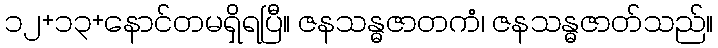
၁၂+၁၃+နောင်တမရှိရပြီ။ ဇနသန္ဓဇာတကံ၊ ဇနသန္ဓဇာတ်သည်။